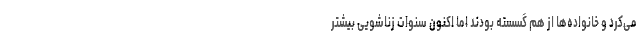
می‌کرد و خانواده‌ها از هم گسسته بودند اما اکنون سنوات زناشویی بیشتر